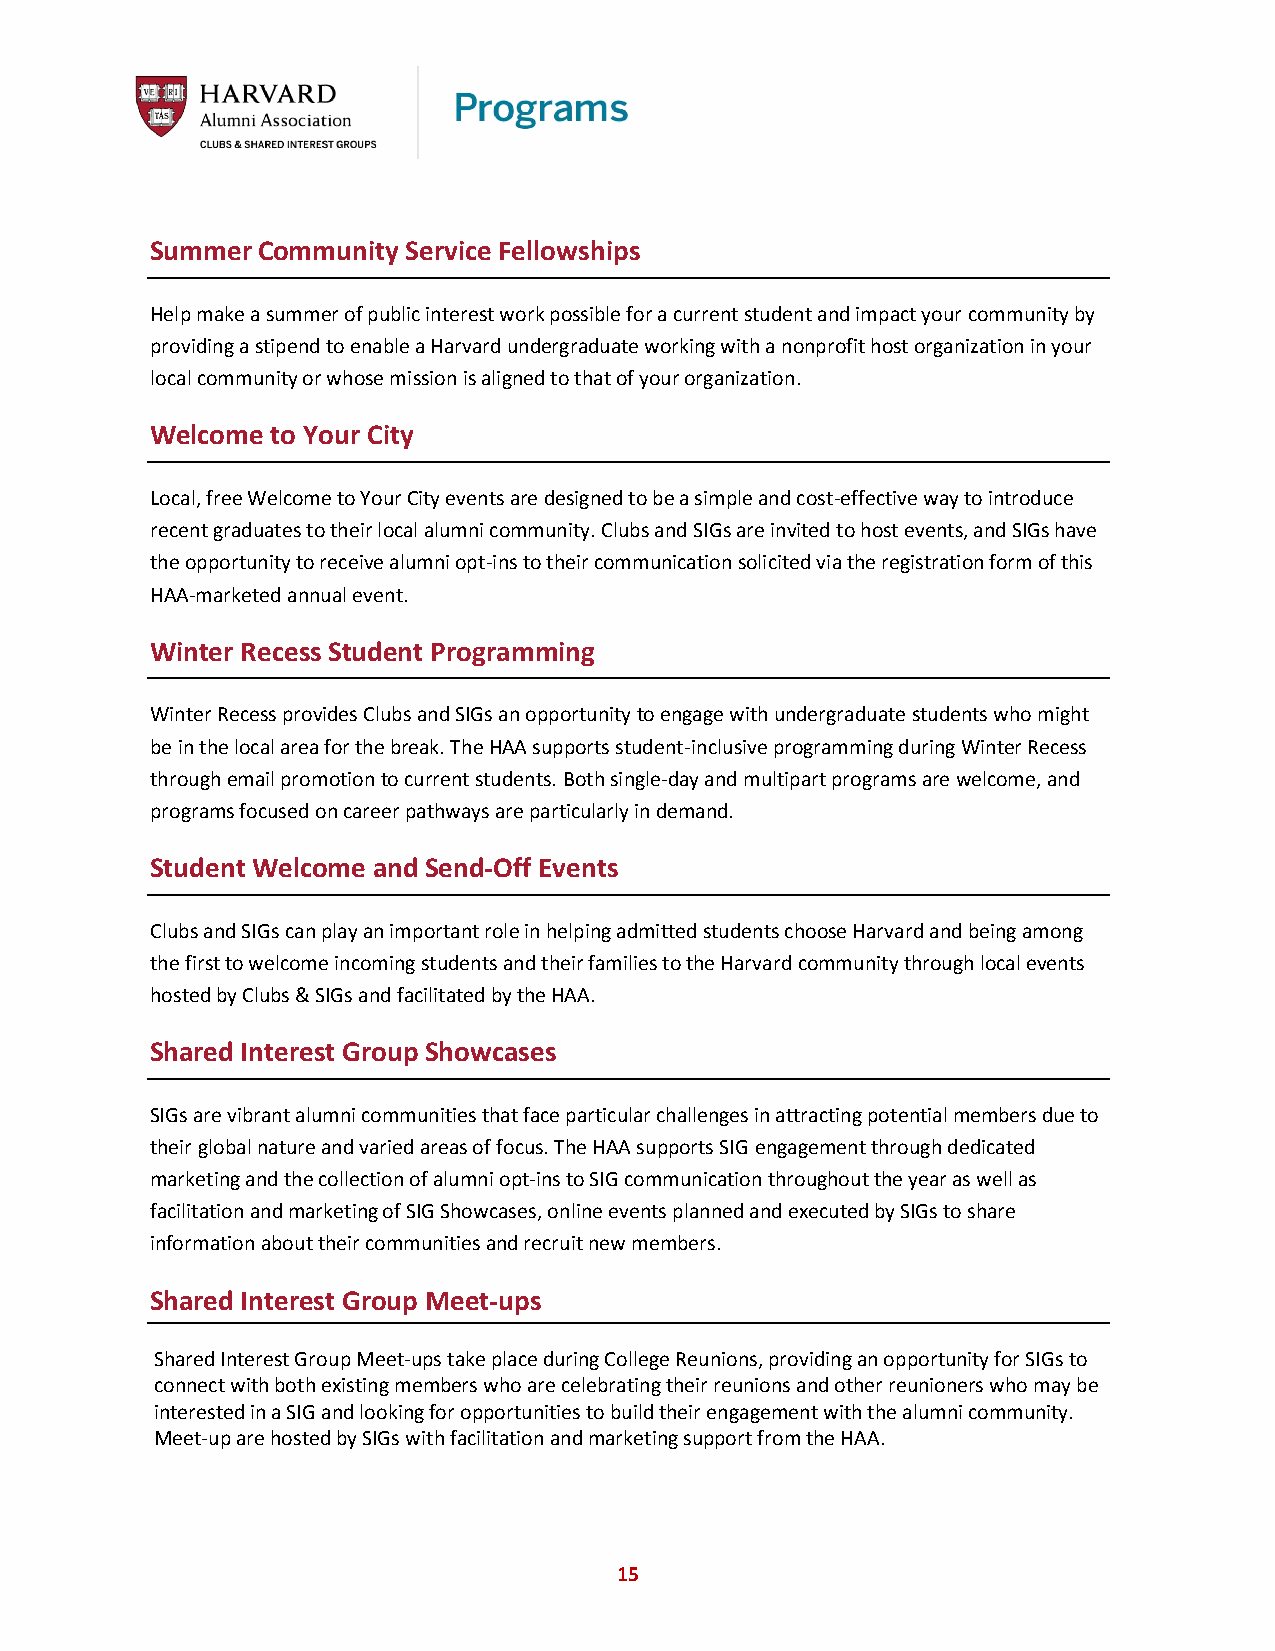
Summer Community Service Fellowships
 Help make a summer of public interest work possible for a current student and impact your community by
 providing a stipend to enable a Harvard undergraduate working with a nonprofit host organization in your
 local community or whose mission is aligned to that of your organization.
 Welcome to Your City
 Local, free Welcome to Your City events are designed to be a simple and cost-effective way to introduce
 recent graduates to their local alumni community. Clubs and SIGs are invited to host events, and SIGs have
 the opportunity to receive alumni opt-ins to their communication solicited via the registration form of this
 HAA-marketed annual event.
 Winter Recess Student Programming
 Winter Recess provides Clubs and SIGs an opportunity to engage with undergraduate students who might
 be in the local area for the break. The HAA supports student-inclusive programming during Winter Recess
 through email promotion to current students. Both single-day and multipart programs are welcome, and
 programs focused on career pathways are particularly in demand.
 Student Welcome and Send-Off Events
 Clubs and SIGs can play an important role in helping admitted students choose Harvard and being among
 the first to welcome incoming students and their families to the Harvard community through local events
 hosted by Clubs & SIGs and facilitated by the HAA.
 Shared Interest Group Showcases
 SIGs are vibrant alumni communities that face particular challenges in attracting potential members due to
 their global nature and varied areas of focus. The HAA supports SIG engagement through dedicated
 marketing and the collection of alumni opt-ins to SIG communication throughout the year as well as
 facilitation and marketing of SIG Showcases, online events planned and executed by SIGs to share
 information about their communities and recruit new members.
 Shared Interest Group Meet-ups
 Shared Interest Group Meet-ups take place during College Reunions, providing an opportunity for SIGs to
 connect with both existing members who are celebrating their reunions and other reunioners who may be
 interested in a SIG and looking for opportunities to build their engagement with the alumni community.
 Meet-up are hosted by SIGs with facilitation and marketing support from the HAA.
 15